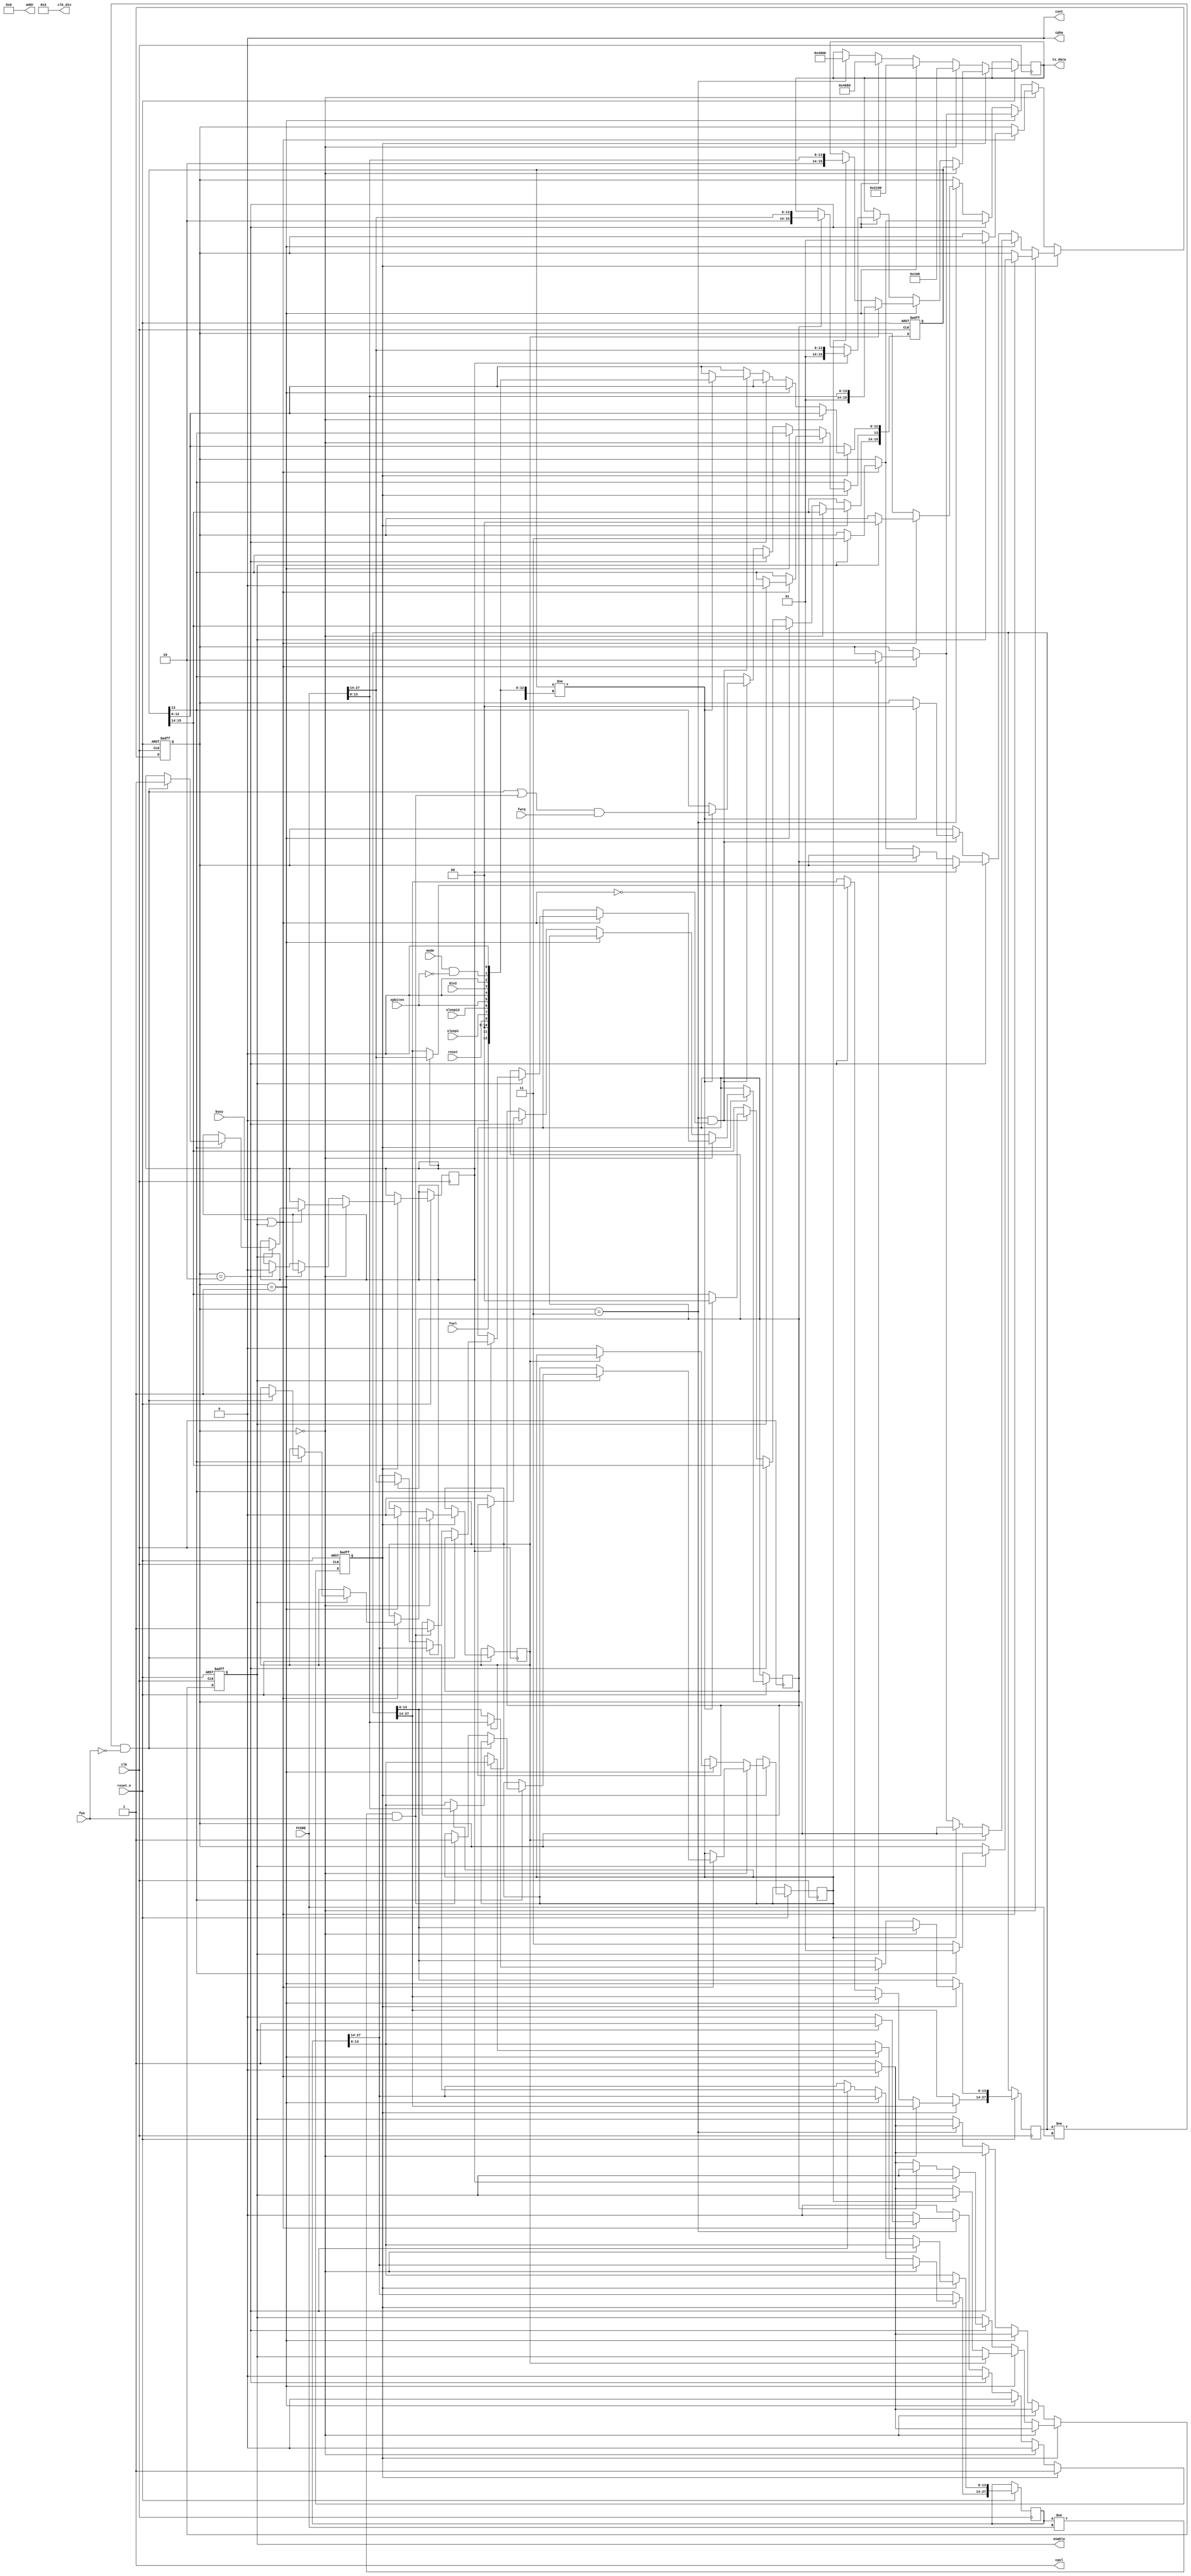
module AD9837_ctrl(
	input clk,
	input busy,
	input reset_n,
	input fwrq,  //frequency write request
	input fws,   //frequency write select; 0=FREQ0, 1=FREQ1
	input fsel,  //frequency read  select; 0=FREQ0, 1=FREQ1
	input reset,
	input sleep1,
	input sleep12,
	input opbiten,
	input div2,
	input mode,
	input [27:0] FCODE,
	
	output reg enable,
	output cpol,
	output cpha,
	output cont,
	output [31:0] clk_div,
	output [31:0] addr,
	output reg [15:0] tx_data
);
	reg [27:0] FREQ0 = 28'h000_068D;
	reg [27:0] FREQ1 = 28'h000_0000;
	reg [15:0] CMD = 16'h0000;
	reg [1:0] step = 2'b00;
	reg execute = 0;
	reg wl0l = 0;
	reg wl0h = 0;
	reg wl1l = 0;
	reg wl1h = 0;
	
	wire [15:0] CMD_in;
	wire B28,f0w,f1w,mode_wire,go;
	
	assign cpol      = 1;
	assign cpha      = 0;
	assign cont      = 0;
	assign addr      = 0;
	assign clk_div   = 2;
	assign go        = ~(busy | enable);
	assign mode_wire = mode & ~opbiten;
	assign f0w       = (FREQ0 != FCODE) & ~fws;
	assign f1w       = (FREQ1 != FCODE) &  fws;
	assign B28       = (f0w | f1w) & fwrq;
	assign CMD_in    = {2'b00,B28,1'b0,fsel,2'b00,reset,sleep1,sleep12,opbiten,1'b0,div2,1'b0,mode_wire,1'b0};
	
	always @(posedge clk, negedge reset_n) begin
		if (~reset_n) begin
			enable  <=        0;
			execute <=        0;
			step    <=    2'b00;
			CMD     <= 16'h0000;
		end else begin
			//execute 0: reset the part
			if (~execute) begin
				//reset step 0: toggle reset in cmd reg
				if (step == 2'b00) begin
					tx_data <= 16'h0100;
					if (go) begin
						enable <= 1;
					end else if (enable) begin
						enable <= 0;
						step <= 2'b01;
					end
				//reset step 1: do a B28 command write
				end else if (step == 2'b01) begin
					tx_data <= 16'h2100;
					if (go) begin
						enable <= 1;
					end else if (enable) begin
						enable <= 0;
						step <= 2'b10;
					end
				//reset step 2: write 14 LSBs
				end else if (step == 2'b10) begin
					tx_data <= 16'h468D;
					if (go) begin
						enable <= 1;
					end else if (enable) begin
						enable = 0;
						step <= 2'b11;
					end
				//reset step 3: write 14 MSBs
				end else if (step == 2'b11) begin
					tx_data <= 16'h4000;
					if (go) begin
						enable <= 1;
					end else if (enable) begin
						enable <= 0;
						step <= 2'b00;
						execute <= 1;
					end
				end
			//execute 1: command write, normal B28 write, idle
			end else if (execute) begin
				//step 0: command write
				if (step == 2'b00) begin
					tx_data <= CMD;
					if (go) begin
						enable <= 1;
					end else if (enable) begin
						enable <= 0;
						if (CMD[13]) begin
							CMD[13] <= 0;
							step <= 2'b01;
							if (f0w) begin
								wl0l = 1; // make sure low and high get updated
								wl0h = 1;
							end else if (f1w) begin
								wl1l = 1;
								wl1h = 1;
							end
						end else begin
							step = 2'b11;
						end
					end
				//step 1: write 14 LSBs
				end else if (step == 2'b01) begin
					if (wl0l) begin
						FREQ0[13:0] <= FCODE[13:0];
						tx_data <= {1'b0,1'b1,FCODE[13:0]};
						wl0l <= 0;
					end else if (wl1l) begin
						FREQ1[13:0] <= FCODE[13:0];
						tx_data <= {1'b1,1'b0,FCODE[13:0]};
						wl1l <= 0;
					end else if (go) begin
						enable <= 1;
					end else if (enable) begin
						enable <= 0;
						step <= 2'b10;
					end
				//step 2: write 14 MSBs
				end else if (step == 2'b10) begin
					if (wl0h) begin
						FREQ0[27:14] <= FCODE[27:14];
						tx_data <= {1'b0,1'b1,FCODE[27:14]};
						wl0h <= 0;
					end else if (wl1h) begin
						FREQ1[27:14] <= FCODE[27:14];
						tx_data <= {1'b1,1'b0,FCODE[27:14]};
						wl1h <= 0;
					end else if (go) begin
						enable <= 1;
					end else if (enable) begin
						enable <= 0;
						step <= 2'b11;
					end		
				//step 3: idle (watch for CMD register updates, freq updates)
				end else	if ((step == 2'b11) & go) begin
					if (CMD != CMD_in) begin
						CMD <= CMD_in;
						step <= 2'b00;
					end
				end
			end
		end
	end
endmodule